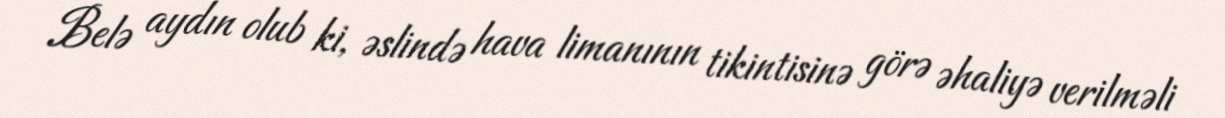
Belə aydın olub ki, əslində hava limanının tikintisinə görə əhaliyə verilməli